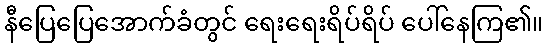
နီပြေပြေအောက်ခံတွင် ရေးရေးရိပ်ရိပ် ပေါ်နေကြ၏။